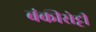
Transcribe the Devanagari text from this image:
बंकीसेट्टी